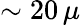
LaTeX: \sim 20\, \mu